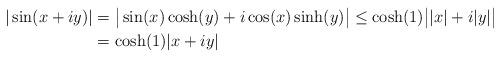
LaTeX: \begin{align*}|\sin(x+iy)|&=\big|\sin(x)\cosh(y)+i\cos(x)\sinh(y)\big| \le\cosh(1)\big||x|+i|y|\big| \\ &=\cosh(1) |x+iy|\end{align*}